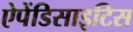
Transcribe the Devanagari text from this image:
ऐपेंडिसाइटिस